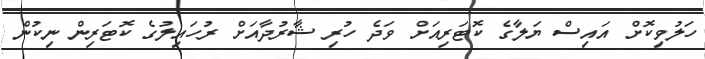
ހަލުވިކޮށް އައިސް ޔަލާގެ ކޮޓަރިއަށް ވަދެ ހުރި ޝާރުދާއަށް ރުހައިލުގެ ކޮޓަރިން ނިކުން